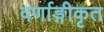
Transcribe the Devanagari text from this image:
वर्णाङ्गीकृत